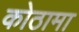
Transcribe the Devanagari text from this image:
कोठामा